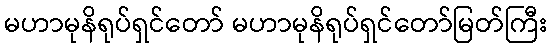
မဟာမုနိရုပ်ရှင်တော် မဟာမုနိရုပ်ရှင်တော်မြတ်ကြီး